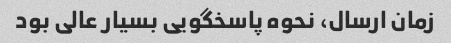
زمان ارسال، نحوه پاسخگویی بسیار عالی بود